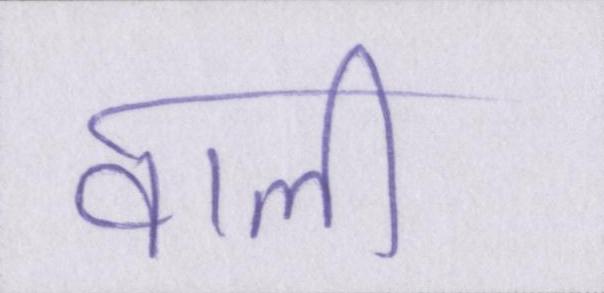
वाली